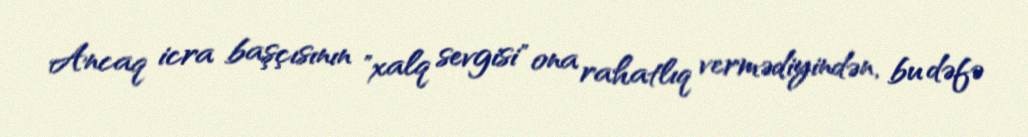
Ancaq icra başçısının "xalq sevgisi" ona rahatlıq vermədiyindən, bu dəfə